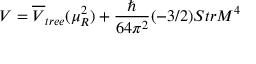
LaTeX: V = \overline { { { V } } } _ { t r e e } ( \mu _ { R } ^ { 2 } ) + \frac { \hbar } { 6 4 \pi ^ { 2 } } ( - 3 / 2 ) S t r M ^ { 4 }